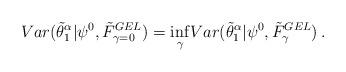
LaTeX: \begin{align*}Var (\tilde{\theta}_1^\alpha| \psi^{0}, \tilde{F}_{\gamma=0}^{GEL}) = \underset{\gamma} \inf Var (\tilde{\theta}_1^\alpha| \psi^{0}, \tilde{F}_{\gamma}^{GEL}) \,. \end{align*}